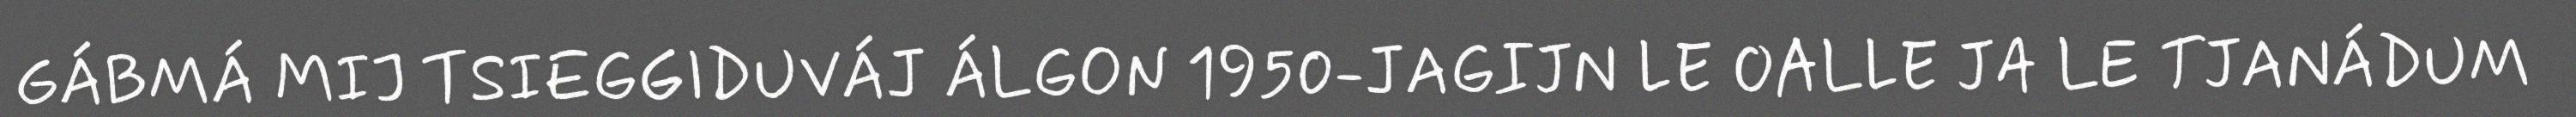
GÁBMÁ MIJ TSIEGGIDUVÁJ ÁLGON 1950-JAGIJN LE OALLE JA LE TJANÁDUM